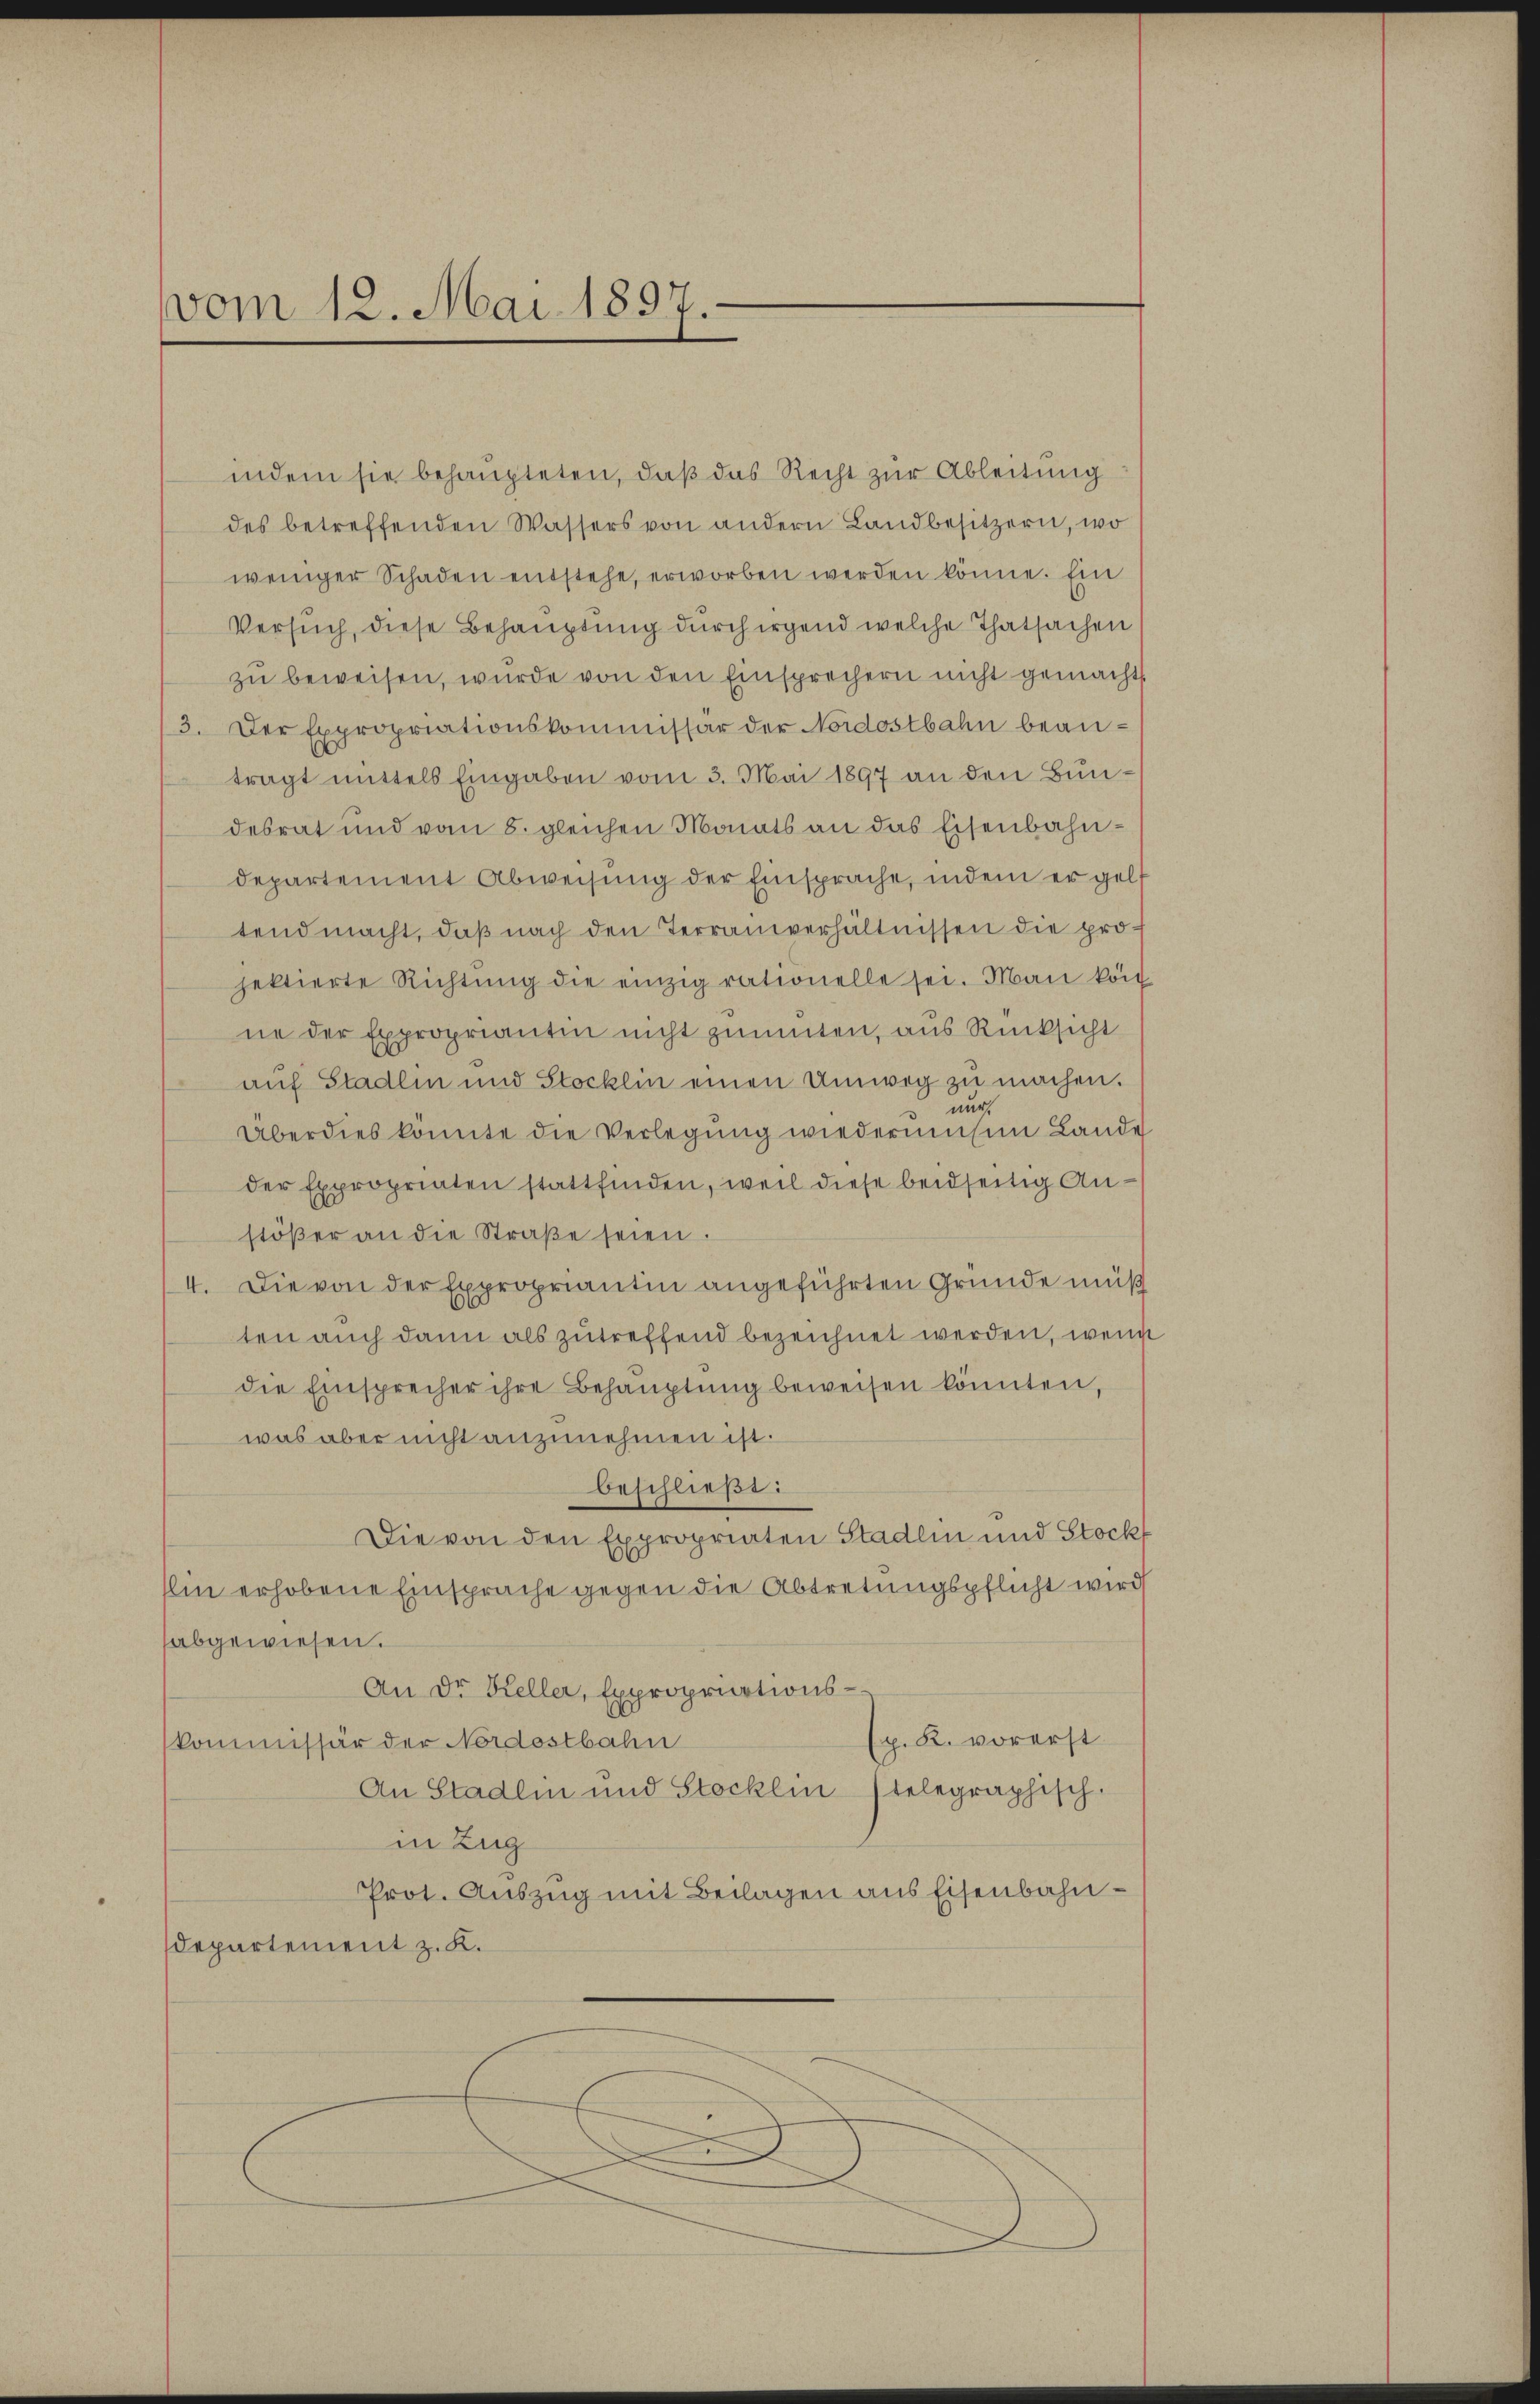
vom 12. Mai 1897.

indem sie behaupteten, daß das Recht zur Ableitung
des betreffenden Wassers von andern Landbesitzern, wo
weniger Schaden entstehe, erworben werden könne. Ein
Versuch, diese Behauptung durch irgend welche Thatsachen
zu beweisen, wurde von den Einsprechern nicht gemacht
3. Der Expropriationskommissär der Nordostbahn bean-
tragt mittels Eingaben vom 3. Mai 1897 an den Bundesrat und vom 8. gleichen Monats an das Eisenbahndepartement Abweisung der Einsprache, indem er gelt
tendmacht, daß nach den Terrainverhältnissen die pro-
jektierte Richtŭng die einzig rationelle sei. Man kön
ne der Expropriantin nicht zumuten, aus Rücksicht
auf Stadlin und Stocklin einen Umweg zu machen.
nur.
Überdies konnte die Verlegŭng wiederumten Lande
der Expropriaten stattfinden, weil diese beidseitig Anstöβer an die Straβe seien.
4. Die von der Expropriantin angeführten Grunde muß
ten auch dann als zutreffend bezeichnet werden, wenn
die Einsprecher ihre Behauptung beweisen könnten,
was aber nicht anzunehmen ist.
beschließt:
Die von den Expropriaten Stadlin und Stockt
Ein erhobene Einsprache gegen die Abtretungspflicht wird
abgewiesen.
An Dr. Heller, Expropriations-
p. R. vorerst
kommissär der Nordostbahn
An Stadlin und Stocklin stelegraphisch.
in Zug
Prot. Auszug mit Beilagen aus Eisenbahndepartement z. K.